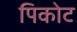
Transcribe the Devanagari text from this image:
पिकोट